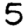
Digit: 5